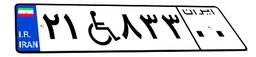
۹۴W۸۱۱۸۷